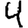
Digit: 4